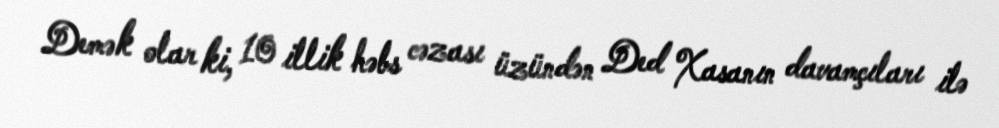
Demək olar ki, 10 illik həbs cəzası üzündən Ded Xasanın davamçıları ilə